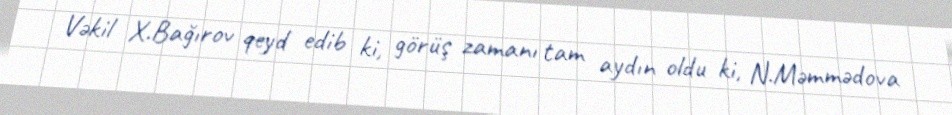
Vəkil X.Bağırov qeyd edib ki, görüş zamanı tam aydın oldu ki, N.Məmmədova